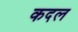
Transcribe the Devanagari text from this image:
कदल